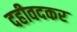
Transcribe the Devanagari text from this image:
दहीवदकर